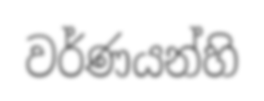
වර්ණයන්හි